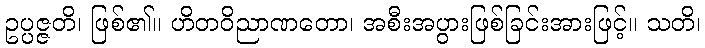
ဥပ္ပဇ္ဇတိ၊ ဖြစ်၏။ ဟိတဝိညာဏတော၊ အစီးအပွားဖြစ်ခြင်းအားဖြင့်။ သတိ၊